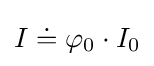
I\doteq \varphi _{0}\cdot I_{0}